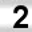
Digit: 2